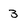
Character: 3